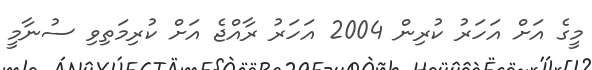
މީގެ އަށް އަހަރު ކުރިން 2004 އަހަރު ރާއްޖެ އަށް ކުރިމަތިވި ސުނާމީ